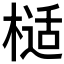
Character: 𭫙